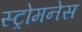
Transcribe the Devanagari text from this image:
स्ट्रोमनेस